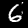
Label: 6